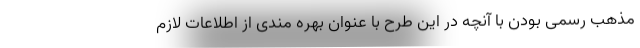
مذهب رسمی بودن با آنچه در این طرح با عنوان بهره مندی از اطلاعات لازم